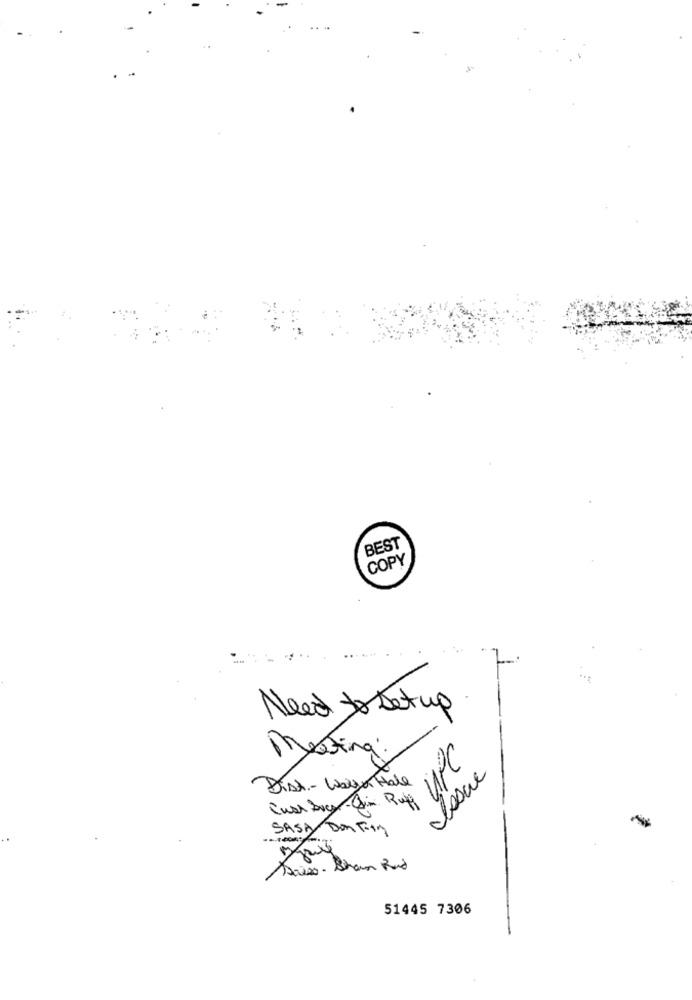
BEST
COPY
Need to Set up
Messing:
closure
Dist- Walzer Hall
SASA DONTIA
Sales - Shan Rad
51445 7306